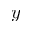
y